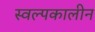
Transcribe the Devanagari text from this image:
स्वल्पकालीन